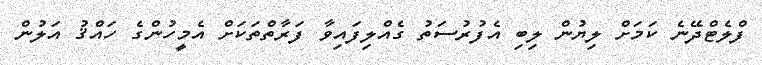
ފްލެޓްދޭނެ ކަމަށް ލިޔުން ލިބި އެފުރުސަތު ގެއްލިފައިވާ ފަރާތްތަކަށް އެމީހުންގެ ހައްޤު އަލުން